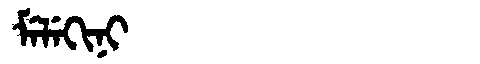
Manchu: ᠮᡝᠯᡝᡴᡳᠨᡳ
Romanization: MELEKINI